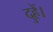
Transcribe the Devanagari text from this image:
दुहें।